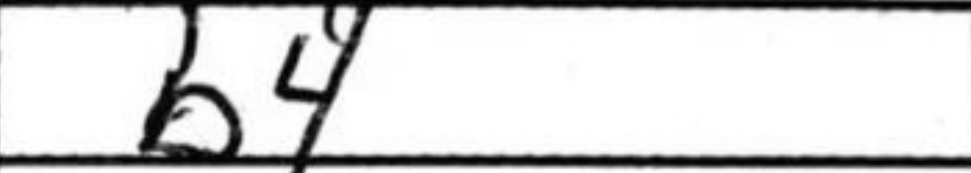
Transcription: b4